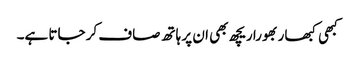
کبھی کبھار بھورا ریچھ بھی ان پر ہاتھ صاف کر جاتا ہے۔